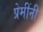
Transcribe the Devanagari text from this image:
प्रेमींनी